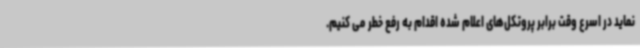
نماید در اسرع وقت برابر پروتکل‌های اعلام شده اقدام به رفع خطر می کنیم.